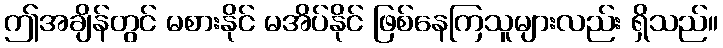
ဤအချိန်တွင် မစားနိုင် မအိပ်နိုင် ဖြစ်နေကြသူများလည်း ရှိသည်။